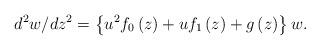
LaTeX: \begin{align*}d^{2}w/dz^{2}=\left\{ {u^{2}f_{0}\left( z\right) +uf_{1}\left( z\right)+g\left( z\right) }\right\} w. \end{align*}